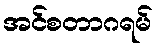
အင်စတာဂရမ်